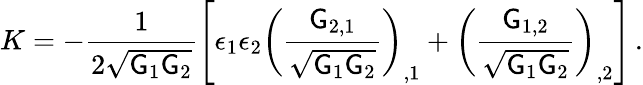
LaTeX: K=-\frac{1}{2\sqrt{\mathsf{G}_{1}\mathsf{G}_{2}}}\left[\epsilon_{1}\epsilon_{2}\left(\frac{\mathsf{G}_{2,1}}{\sqrt{\mathsf{G}_{1}\mathsf{G}_{2}}}\right)_{,1}+\left(\frac{\mathsf{G}_{1,2}}{\sqrt{\mathsf{G}_{1}\mathsf{G}_{2}}}\right)_{,2}\right]\, .